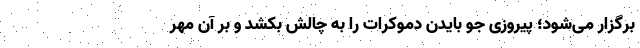
برگزار می‌شود؛ پیروزی جو بایدن دموکرات را به چالش بکشد و بر آن مُهر